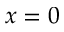
x = 0